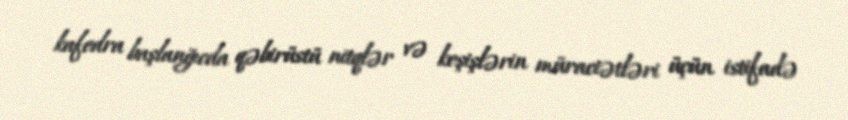
kafedra başlanğıcda qəbirüstü nitqlər və keşişlərin müraciətləri üçün istifadə